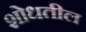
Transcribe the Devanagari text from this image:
शोधतील